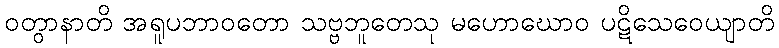
ဝတွာနာတိ အရူပဘာဝတော သဗ္ဗဘူတေသု မဟောဃောဝ ပဋိသေဝေယျာတိ